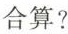
合算?